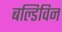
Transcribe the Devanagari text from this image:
बल्डिविन